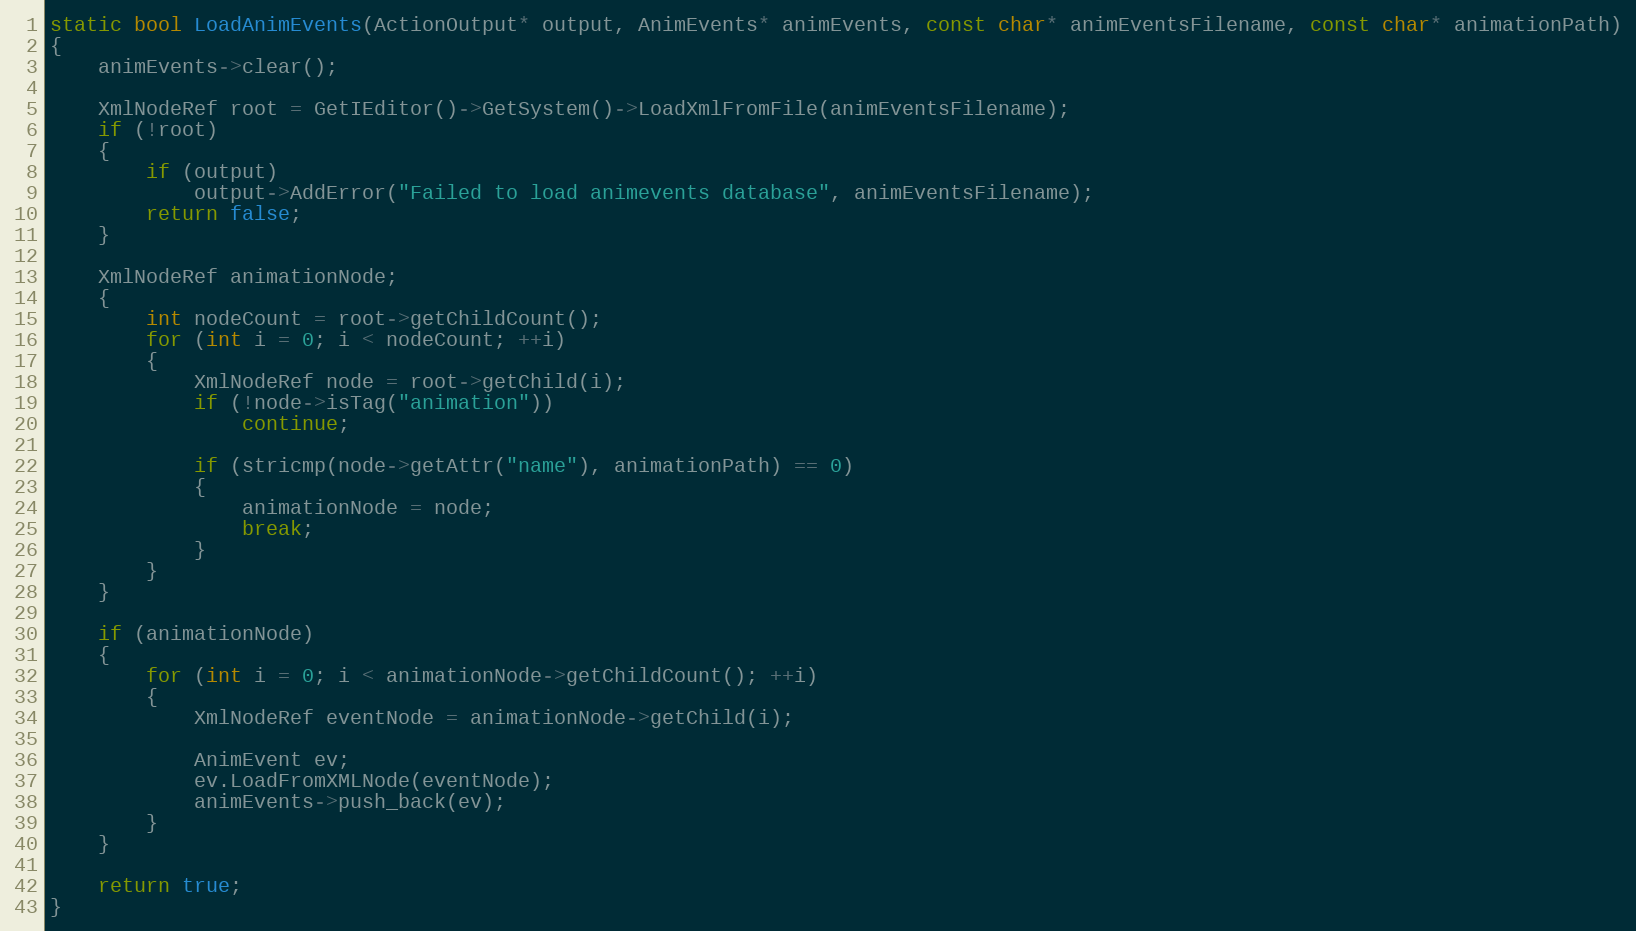
Language: C++
static bool LoadAnimEvents(ActionOutput* output, AnimEvents* animEvents, const char* animEventsFilename, const char* animationPath)
{
	animEvents->clear();

	XmlNodeRef root = GetIEditor()->GetSystem()->LoadXmlFromFile(animEventsFilename);
	if (!root)
	{
		if (output)
			output->AddError("Failed to load animevents database", animEventsFilename);
		return false;
	}

	XmlNodeRef animationNode;
	{
		int nodeCount = root->getChildCount();
		for (int i = 0; i < nodeCount; ++i)
		{
			XmlNodeRef node = root->getChild(i);
			if (!node->isTag("animation"))
				continue;

			if (stricmp(node->getAttr("name"), animationPath) == 0)
			{
				animationNode = node;
				break;
			}
		}
	}

	if (animationNode)
	{
		for (int i = 0; i < animationNode->getChildCount(); ++i)
		{
			XmlNodeRef eventNode = animationNode->getChild(i);

			AnimEvent ev;
			ev.LoadFromXMLNode(eventNode);
			animEvents->push_back(ev);
		}
	}

	return true;
}